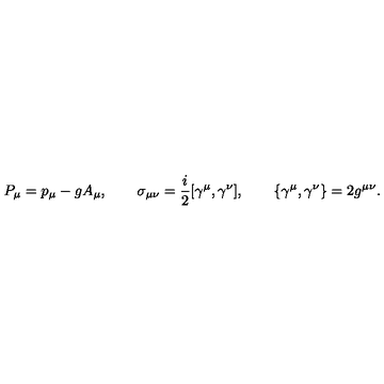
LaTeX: P _ { \mu } = p _ { \mu } - g A _ { \mu } , \qquad \sigma _ { \mu \nu } = { \frac { i } { 2 } } [ \gamma ^ { \mu } , \gamma ^ { \nu } ] , \qquad \{ \gamma ^ { \mu } , \gamma ^ { \nu } \} = 2 g ^ { \mu \nu } .